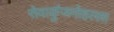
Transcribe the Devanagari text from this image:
सेवाकुंजमोहल्ला